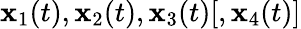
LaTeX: {\mathbf x}_{1}(t),{\mathbf x}_{2}(t),{\mathbf x}_{3}(t)[,{\mathbf x}_{4}(t)]